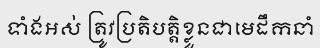
ទាំងអស់ ត្រូវប្រតិបត្តិខ្លួនជាមេដឹកនាំ